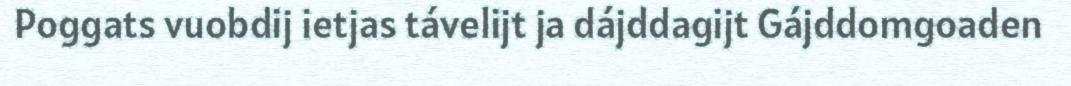
Poggats vuobdij ietjas távelijt ja dájddagijt Gájddomgoaden